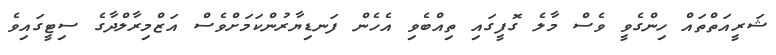
ޝަރީއަތްތައް ހިންގެވީ ވެސް މާލެ ގޮފީގައި ތިއްބެވި އެހެން ފަނޑިޔާރުންކަމަށްވެސް އަޒްމިރާލްދާގެ ސިޓީގައިވެ